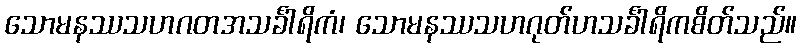
သောမနဿသဟဂတအသင်္ခါရိကံ၊ သောမနဿသဟဂုတ်ဟသင်္ခါရိကစိတ်သည်။